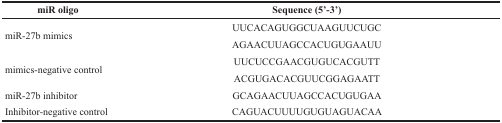
<table><thead><tr><td><b>miR oligo</b></td><td><b>Sequence (5’-3’)</b></td></tr></thead><tbody><tr><td rowspan="2">miR-27b mimics</td><td>UUCACAGUGGCUAAGUUCUGC</td></tr><tr><td>AGAACUUAGCCACUGUGAAUU</td></tr><tr><td rowspan="2">mimics-negative control</td><td>UUCUCCGAACGUGUCACGUTT</td></tr><tr><td>ACGUGACACGUUCGGAGAATT</td></tr><tr><td>miR-27b inhibitor</td><td>GCAGAACUUAGCCACUGUGAA</td></tr><tr><td>Inhibitor-negative control</td><td>CAGUACUUUUGUGUAGUACAA</td></tr></tbody></table>